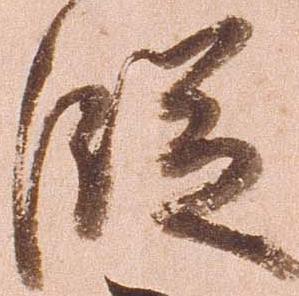
段